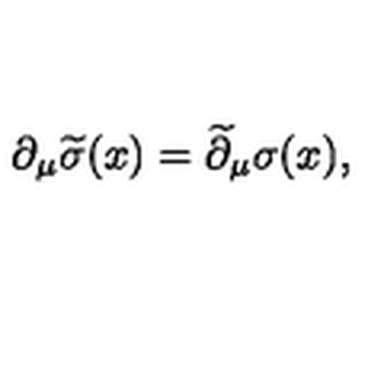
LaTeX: \partial _ { \mu } \widetilde \sigma ( x ) = \widetilde \partial _ { \mu } \sigma ( x ) ,